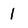
Character: 1